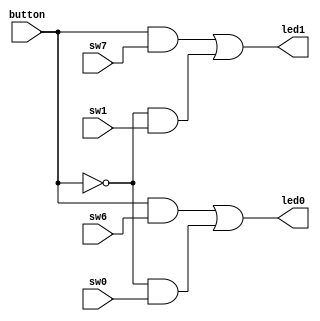
module Lab1_2 (
    input sw7, sw6,
    input sw1, sw0,
    input button,
    output led1, led0
);


assign led1 = button & sw7 | ~button & sw1; // how led1 works
assign led0 = button & sw6 | ~button & sw0; // how led2 works

endmodule